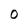
Character: 0